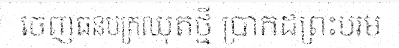
ចេញធនបត្រឈុតថ្មី ប្រាកដព្រះបរម